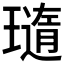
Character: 𤩼